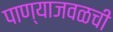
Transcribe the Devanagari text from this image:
पाण्याजवळची